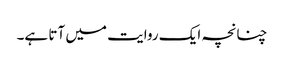
چنانچہ ایک روایت میں آتا ہے۔